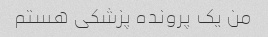
من یک پرونده پزشکی هستم